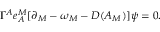
\Gamma ^ { A } e _ { A } ^ { M } [ \partial _ { M } - \omega _ { M } - { \cal D } ( A _ { M } ) ] \psi = 0 .